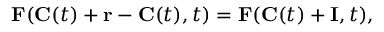
\mathbf { F } ( \mathbf { C } ( t ) + \mathbf { r } - \mathbf { C } ( t ) , t ) = \mathbf { F } ( \mathbf { C } ( t ) + \mathbf { I } , t ) ,